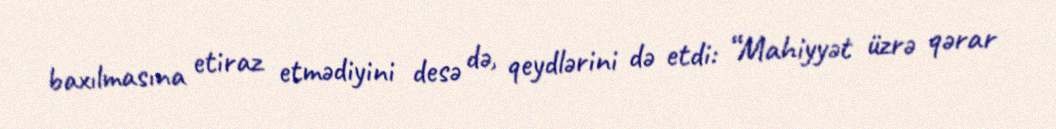
baxılmasına etiraz etmədiyini desə də, qeydlərini də etdi: “Mahiyyət üzrə qərar